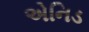
એનિડ